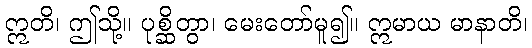
ဣတိ၊ ဤသို့။ ပုစ္ဆိတွာ၊ မေးတော်မူ၍။ ဣမာယ မာနာတိ၊